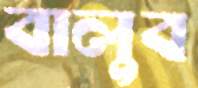
বালুব